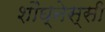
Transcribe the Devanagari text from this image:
शौघ्नेस्सी